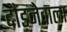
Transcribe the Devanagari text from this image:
दौड़नेवाला